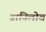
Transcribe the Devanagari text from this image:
डानिलोव